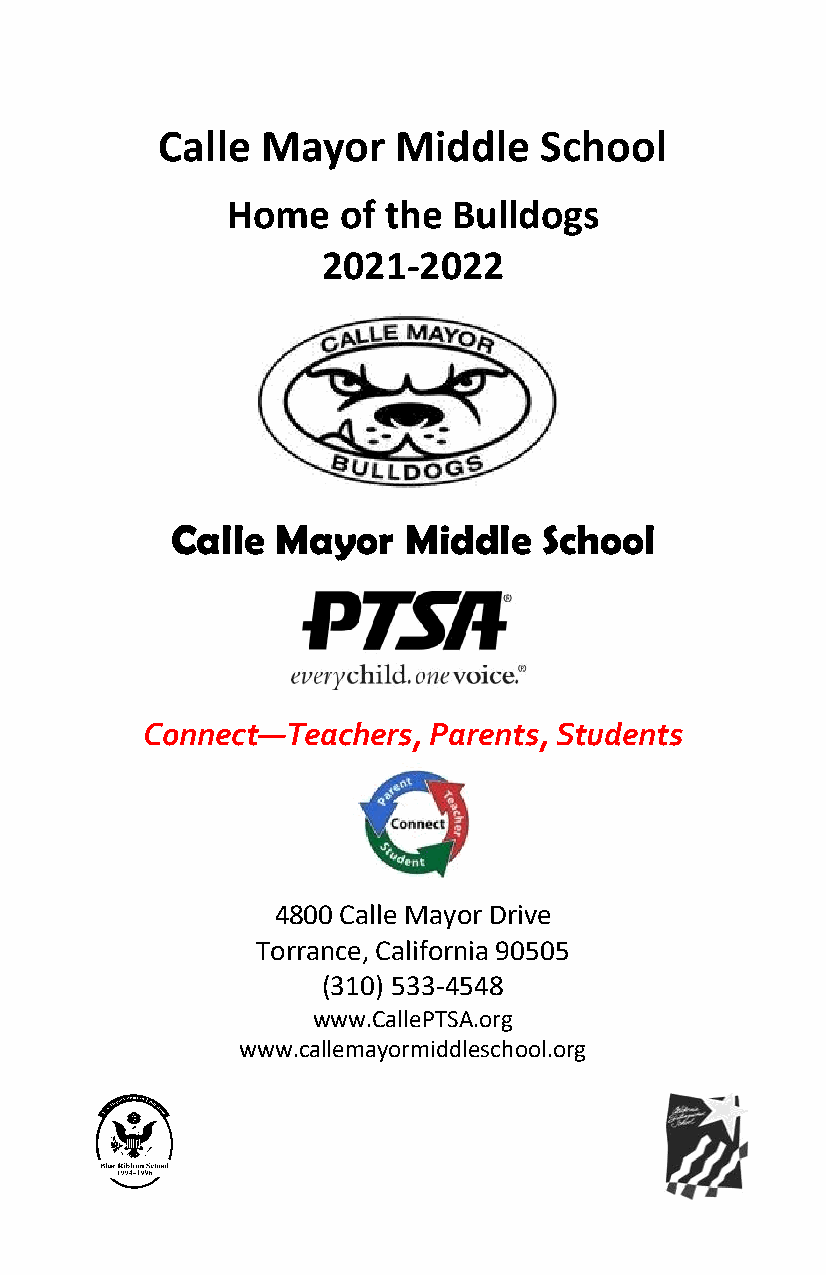
Calle  Mayor    Middle    School
 Home   of the  Bulldogs
 2021-2022
 Calle  Mayor    Middle   School
 Connect—Teachers,  Parents, Students
 4800 Calle Mayor Drive
 Torrance, California 90505
 (310) 533-4548
 www.CallePTSA.org
 www.callemayormiddleschool.org